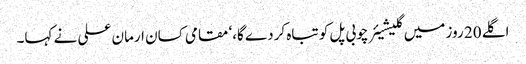
اگلے 20 روز میں گلیشیئر چوبی پل کو تباہ کردے گا،‘ مقامی کسان ارمان علی نے کہا۔